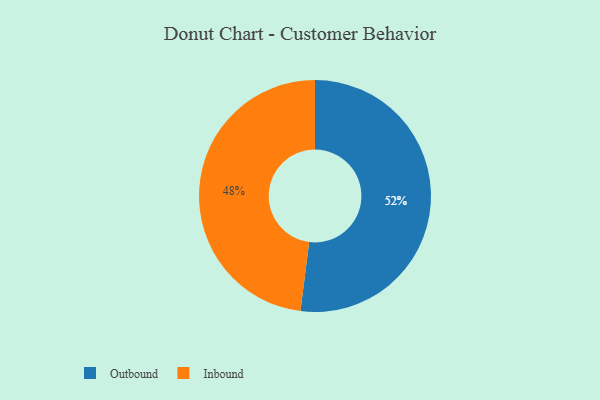
{"axis": {"x": "Category", "y": "Percentage"}, "legend": ["Inbound", "Outbound"], "data": [{"x": "Inbound", "y": 48, "type": "Inbound"}, {"x": "Outbound", "y": 52, "type": "Outbound"}]}